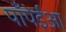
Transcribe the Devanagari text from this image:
पॉंपेईआ